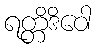
ရတ္တိဒိဝေါ